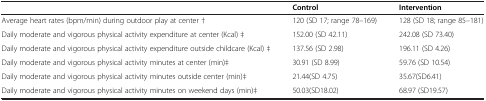
<table><thead><tr><td><b> </b></td><td><b>Control</b></td><td><b>Intervention</b></td></tr></thead><tbody><tr><td>Average heart rates (bpm/min) during outdoor play at center †</td><td>120 (SD 17; range 78–169)</td><td>128 (SD 18; range 85–181)</td></tr><tr><td>Daily moderate and vigorous physical activity expenditure at center (Kcal) ‡</td><td>152.00 (SD 42.11)</td><td>242.08 (SD 73.40)</td></tr><tr><td>Daily moderate and vigorous physical activity expenditure outside childcare (Kcal) ‡</td><td>137.56 (SD 2.98)</td><td>196.11 (SD 4.26)</td></tr><tr><td>Daily moderate and vigorous physical activity minutes at center (min)‡</td><td>30.91 (SD 8.99)</td><td>59.76 (SD 10.54)</td></tr><tr><td>Daily moderate and vigorous physical activity minutes outside center (min)‡</td><td>21.44(SD 4.75)</td><td>35.67(SD6.41)</td></tr><tr><td>Daily moderate and vigorous physical activity minutes on weekend days (min)‡</td><td>50.03(SD18.02)</td><td>68.97 (SD19.57)</td></tr></tbody></table>